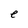
Character: e